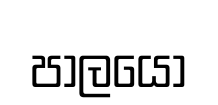
පාලයෝ